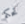
تحكم